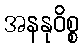
အနနုဝိစ္စ